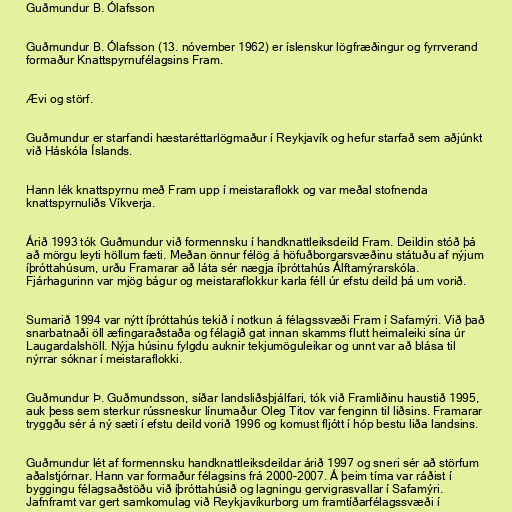
Guðmundur B. Ólafsson

Guðmundur B. Ólafsson (13. nóvember 1962) er íslenskur lögfræðingur og fyrrverand
formaður Knattspyrnufélagsins Fram.

Ævi og störf.

Guðmundur er starfandi hæstaréttarlögmaður í Reykjavík og hefur starfað sem aðjúnkt
við Háskóla Íslands.

Hann lék knattspyrnu með Fram upp í meistaraflokk og var meðal stofnenda
knattspyrnuliðs Víkverja.

Árið 1993 tók Guðmundur við formennsku í handknattleiksdeild Fram. Deildin stóð þá
að mörgu leyti höllum fæti. Meðan önnur félög á höfuðborgarsvæðinu státuðu af nýjum
íþróttahúsum, urðu Framarar að láta sér nægja íþróttahús Álftamýrarskóla.
Fjárhagurinn var mjög bágur og meistaraflokkur karla féll úr efstu deild þá um vorið.

Sumarið 1994 var nýtt íþróttahús tekið í notkun á félagssvæði Fram í Safamýri. Við það
snarbatnaði öll æfingaraðstaða og félagið gat innan skamms flutt heimaleiki sína úr
Laugardalshöll. Nýja húsinu fylgdu auknir tekjumöguleikar og unnt var að blása til
nýrrar sóknar í meistaraflokki.

Guðmundur Þ. Guðmundsson, síðar landsliðsþjálfari, tók við Framliðinu haustið 1995,
auk þess sem sterkur rússneskur línumaður Oleg Titov var fenginn til liðsins. Framarar
tryggðu sér á ný sæti í efstu deild vorið 1996 og komust fljótt í hóp bestu liða landsins.

Guðmundur lét af formennsku handknattleiksdeildar árið 1997 og sneri sér að störfum
aðalstjórnar. Hann var formaður félagsins frá 2000-2007. Á þeim tíma var ráðist í
byggingu félagsaðstöðu við íþróttahúsið og lagningu gervigrasvallar í Safamýri.
Jafnframt var gert samkomulag við Reykjavíkurborg um framtíðarfélagssvæði í